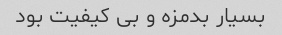
بسیار بدمزه و بی کیفیت بود